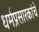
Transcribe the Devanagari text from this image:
धर्मप्रसारकांचे